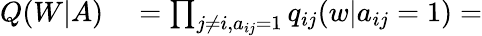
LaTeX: \begin{array}{rl}{Q(W|A)}&{{}=\prod_{j\neq i,a_{ij}=1}q_{ij}(w|a_{ij}=1)=}\end{array}